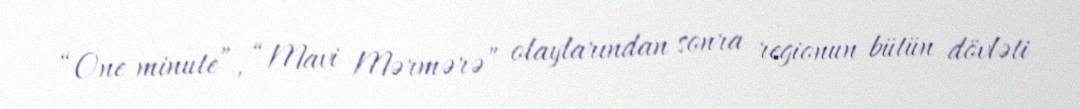
“One minute”, “Mavi Mərmərə” olaylarından sonra regionun bütün dövləti